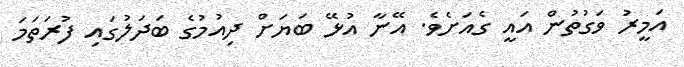
އަމީރު ވަގުތުން އައީ ގެއަށެވެ. އޭނާ އުޅޭ ބަޔަށް ދިއުމުގެ ބަދަލުގައި ފުރަތަމަ